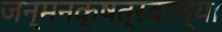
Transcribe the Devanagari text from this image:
जन्मनक्षत्रवाल्या